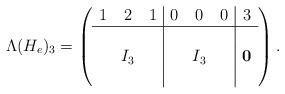
LaTeX: \begin{align*} \Lambda(H_e)_3=\left(\begin{array}{ccc|ccc|c} 1&2&1&0&0&0&3\\\hline&&&&&&\\&I_3&&&I_3&&\mathbf{0}\\&&&&&& \end{array}\right).\end{align*}